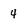
Character: 4